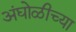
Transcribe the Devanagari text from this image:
अंघोळीच्या